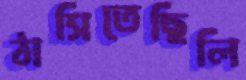
ঠাসিতেছিলি